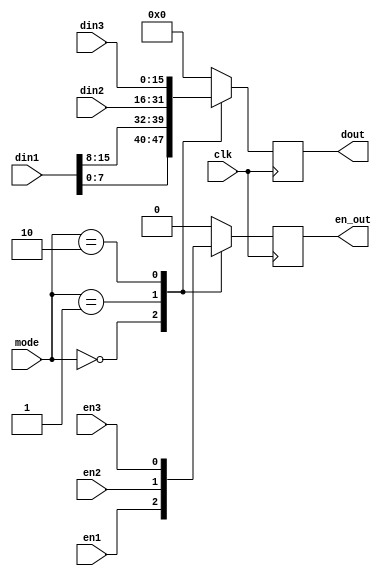
module   mode_select(
							input clk,
							input [1:0]mode,
							input en1,
							input [15:0]din1,
							input en2,
							input [15:0]din2,
							input en3,
							input [15:0]din3,
							output reg [15:0]dout,
							output reg en_out
							);



always @(posedge clk)
begin
	case(mode)
		2'd0:begin
			en_out <= en1;
			dout <= {din1[7:0],din1[15:8]};
		end
		2'd1:
		begin
			en_out <= en2;
			dout <= din2;
		end
		2'd2:
		begin
			en_out <= en3;
			dout <= din3;
		end
		default:
			begin
			en_out <= 0;
			dout <= 0;
		end
	endcase
end


endmodule